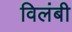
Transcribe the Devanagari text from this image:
विलंबी